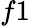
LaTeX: f1